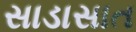
સાડાસાત